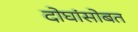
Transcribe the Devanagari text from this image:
दोघांसोबत